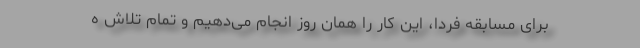
برای مسابقه فردا، این کار را همان روز انجام می‌دهیم و تمام تلاش ه